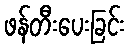
ဖန်တီးပေးခြင်း